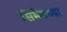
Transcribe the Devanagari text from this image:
सिंमेटच्या